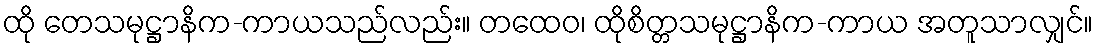
ထို တေသမုဋ္ဌာနိက-ကာယသည်လည်း။ တထေဝ၊ ထိုစိတ္တသမုဋ္ဌာနိက-ကာယ အတူသာလျှင်။